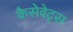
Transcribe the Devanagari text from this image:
कैसेवेट्स